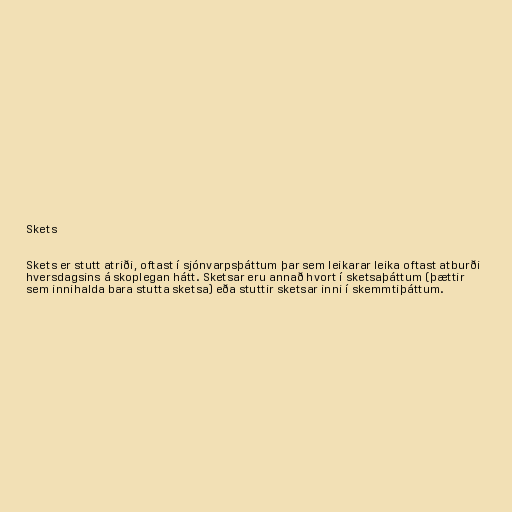
Skets

Skets er stutt atriði, oftast í sjónvarpsþáttum þar sem leikarar leika oftast atburði
hversdagsins á skoplegan hátt. Sketsar eru annað hvort í sketsaþáttum (þættir
sem innihalda bara stutta sketsa) eða stuttir sketsar inni í skemmtiþáttum.